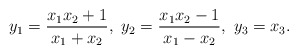
\begin{align*} y_1 = \frac{x_1x_2+1}{x_1+x_2},\ y_2 =\frac{x_1x_2-1}{x_1-x_2},\ y_3 =x_3.\end{align*}